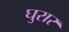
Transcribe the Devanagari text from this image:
घुरार